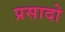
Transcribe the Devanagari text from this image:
प्रसादो